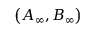
\left( A _ { \infty } , B _ { \infty } \right)